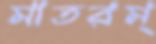
মাতরম্